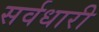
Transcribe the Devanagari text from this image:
सर्वधारी